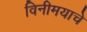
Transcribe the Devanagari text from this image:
विनीमयाचे